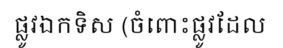
ផ្លូវឯកទិស (ចំពោះផ្លូវដែល